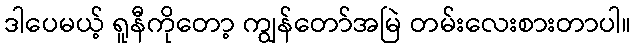
ဒါပေမယ့် ရူနီကိုတော့ ကျွန်တော်အမြဲ တမ်းလေးစားတာပါ။